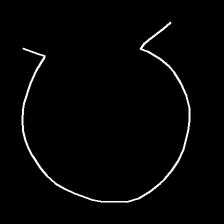
Glyph: weave